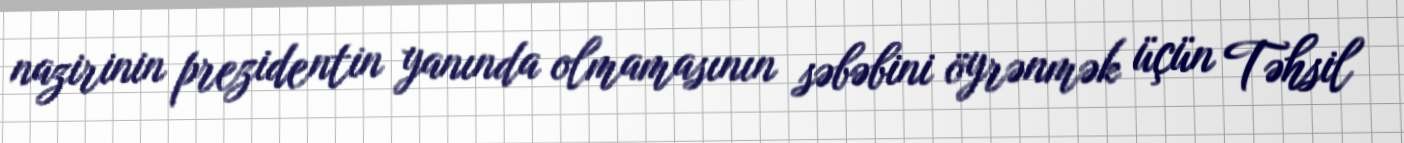
nazirinin prezidentin yanında olmamasının səbəbini öyrənmək üçün Təhsil